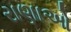
રાણાઓ